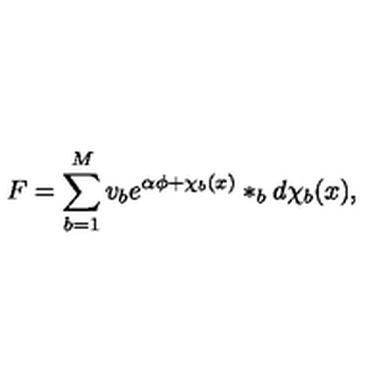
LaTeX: F = \sum _ { b = 1 } ^ { M } v _ { b } e ^ { \alpha \phi + \chi _ { b } ( x ) } \ast _ { b } d \chi _ { b } ( x ) ,